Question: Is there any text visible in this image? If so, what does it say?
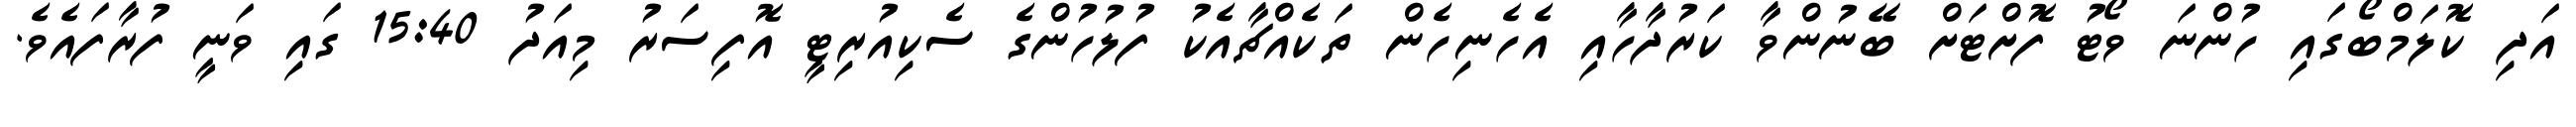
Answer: އަދި ކޮލަމްބޯގައި ހުންނަ ވޯޓު ފޮށްޓަށް ބޭނުންވާ ކަރުދާހާއި އެހެނިހެން ތަކެއްޗާއެކު ފުލުހުންގެ ސެކިއުރިޓީ އޮފިސަރު މިއަދު 15:40 ގައި ވަނީ ފުރާފައެވެ.